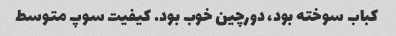
کباب سوخته بود، دورچین خوب بود. کیفیت سوپ متوسط